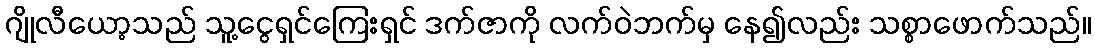
ဂျိုလီယော့သည် သူ့ငွေရှင်ကြေးရှင် ဒက်ဇာကို လက်ဝဲဘက်မှ နေ၍လည်း သစ္စာဖောက်သည်။